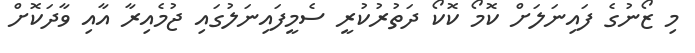
މި ޒޯނުގެ ފައިނަލަށް ކޮމޯ ކޮކޯ ދަތުރުކުރީ ސެމީފައިނަލުގައި ޖުމެއިރާ އާއި ވާދަކޮށް